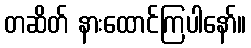
တဆိတ် နားထောင်ကြပါနော်။